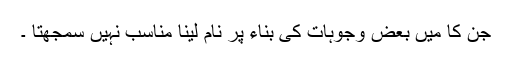
جن کا میں بعض وجوہات کی بناء پر نام لینا مناسب نہیں سمجھتا ۔